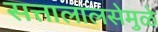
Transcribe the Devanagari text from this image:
सत्तालालसेमुळे